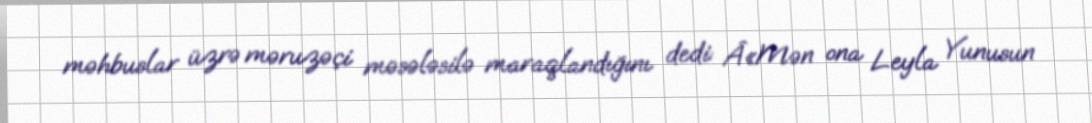
məhbuslar üzrə məruzəçi məsələsilə maraqlandığını dedi: Â«Mən ona Leyla Yunusun